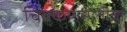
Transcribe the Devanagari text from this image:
चिक्कणमातीचा